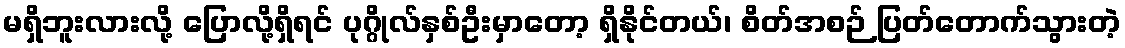
မရှိဘူးလားလို့ ပြောလို့ရှိရင် ပုဂ္ဂိုလ်နှစ်ဦးမှာတော့ ရှိနိုင်တယ်၊ စိတ်အစဉ် ပြတ်တောက်သွားတဲ့